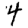
Digit: 4